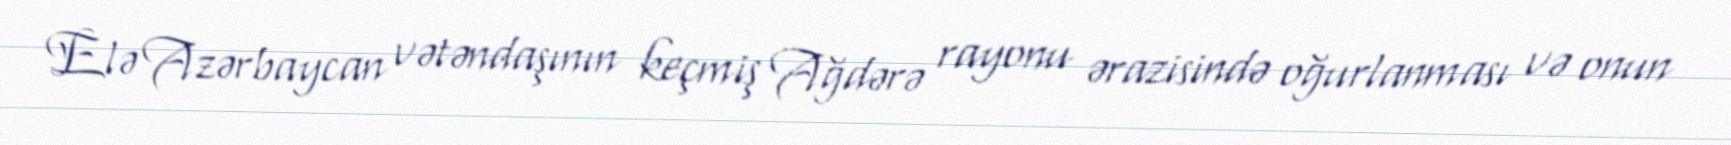
Elə Azərbaycan vətəndaşının keçmiş Ağdərə rayonu ərazisində oğurlanması və onun